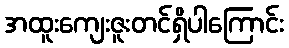
အထူးကျေးဇူးတင်ရှိပါကြောင်း